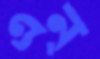
এন্